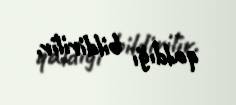
qaldığı bildirilir.